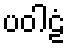
ပဝါဠံ